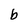
Character: b